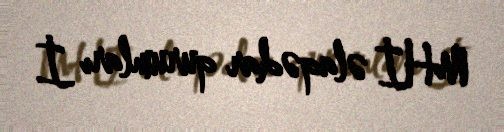
MHİ əlaqədar qurumları İ.